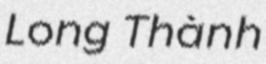
Long Thành